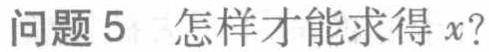
问题5 怎样才能求得 \(x\)?